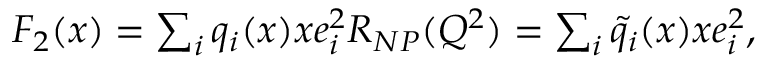
\begin{array} { c l c r } { { F _ { 2 } ( x ) = \sum _ { i } q _ { i } ( x ) x e _ { i } ^ { 2 } R _ { N P } ( Q ^ { 2 } ) = \sum _ { i } \tilde { q } _ { i } ( x ) x e _ { i } ^ { 2 } , } } \end{array}